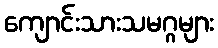
ကျောင်းသားသမဂ္ဂများ